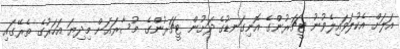
އަލަށް އެކުލަވައިލެވުނު ޓީޗަރުންގެ އޮނިގަނޑުގެ ދަށުން ޓީޗަރުންގެ މުސާރައަށް މިދިޔަ އަހަރުގެ ތެރޭގައި